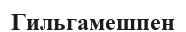
Гильгамешпен